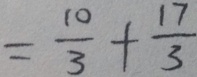
= \frac { 1 0 } { 3 } + \frac { 1 7 } { 3 }